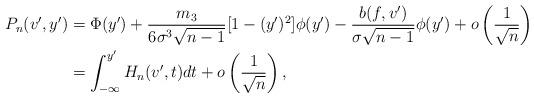
LaTeX: \begin{align*}P_{n}(v', y') & = \Phi(y') + \frac{m_3}{ 6 \sigma^3 \sqrt{n-1}} [1 - (y')^2] \phi(y') - \frac{ b(f, v') }{ \sigma \sqrt{n-1} } \phi(y') + o \left( \frac{ 1 }{\sqrt{n}} \right) \\& = \int_{- \infty}^{y'} H_n(v', t) dt + o \left( \frac{ 1 }{\sqrt{n}} \right), \end{align*}